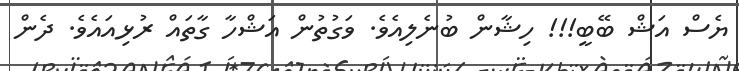
ޔެސް އަޝް ބޭބީ!!! ހިޝާން ބުނެލިއެވެ. ވަގުތުން އަޝްހާ ގާތައް ރުޅިއައެވެ. ދެން